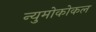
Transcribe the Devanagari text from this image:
न्युमोकोकल